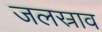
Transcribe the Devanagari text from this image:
जलस्राव